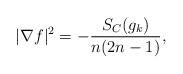
LaTeX: \begin{align*}|\nabla f|^2=-\frac{S_C(g_k)}{n(2n-1)},\end{align*}